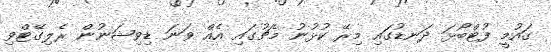
ގައުމީ ފުޓްބޯޅަ ދަނޑުގައި މިރޭ ކުޅުނު މެޗުގައި އެއް ވަނަ ޑިވިޝަނުން ރެލިގޭޓްވި